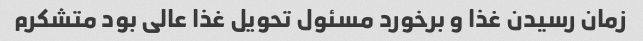
زمان رسیدن غذا و برخورد مسئول تحویل غذا عالی بود متشکرم